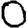
Digit: 0